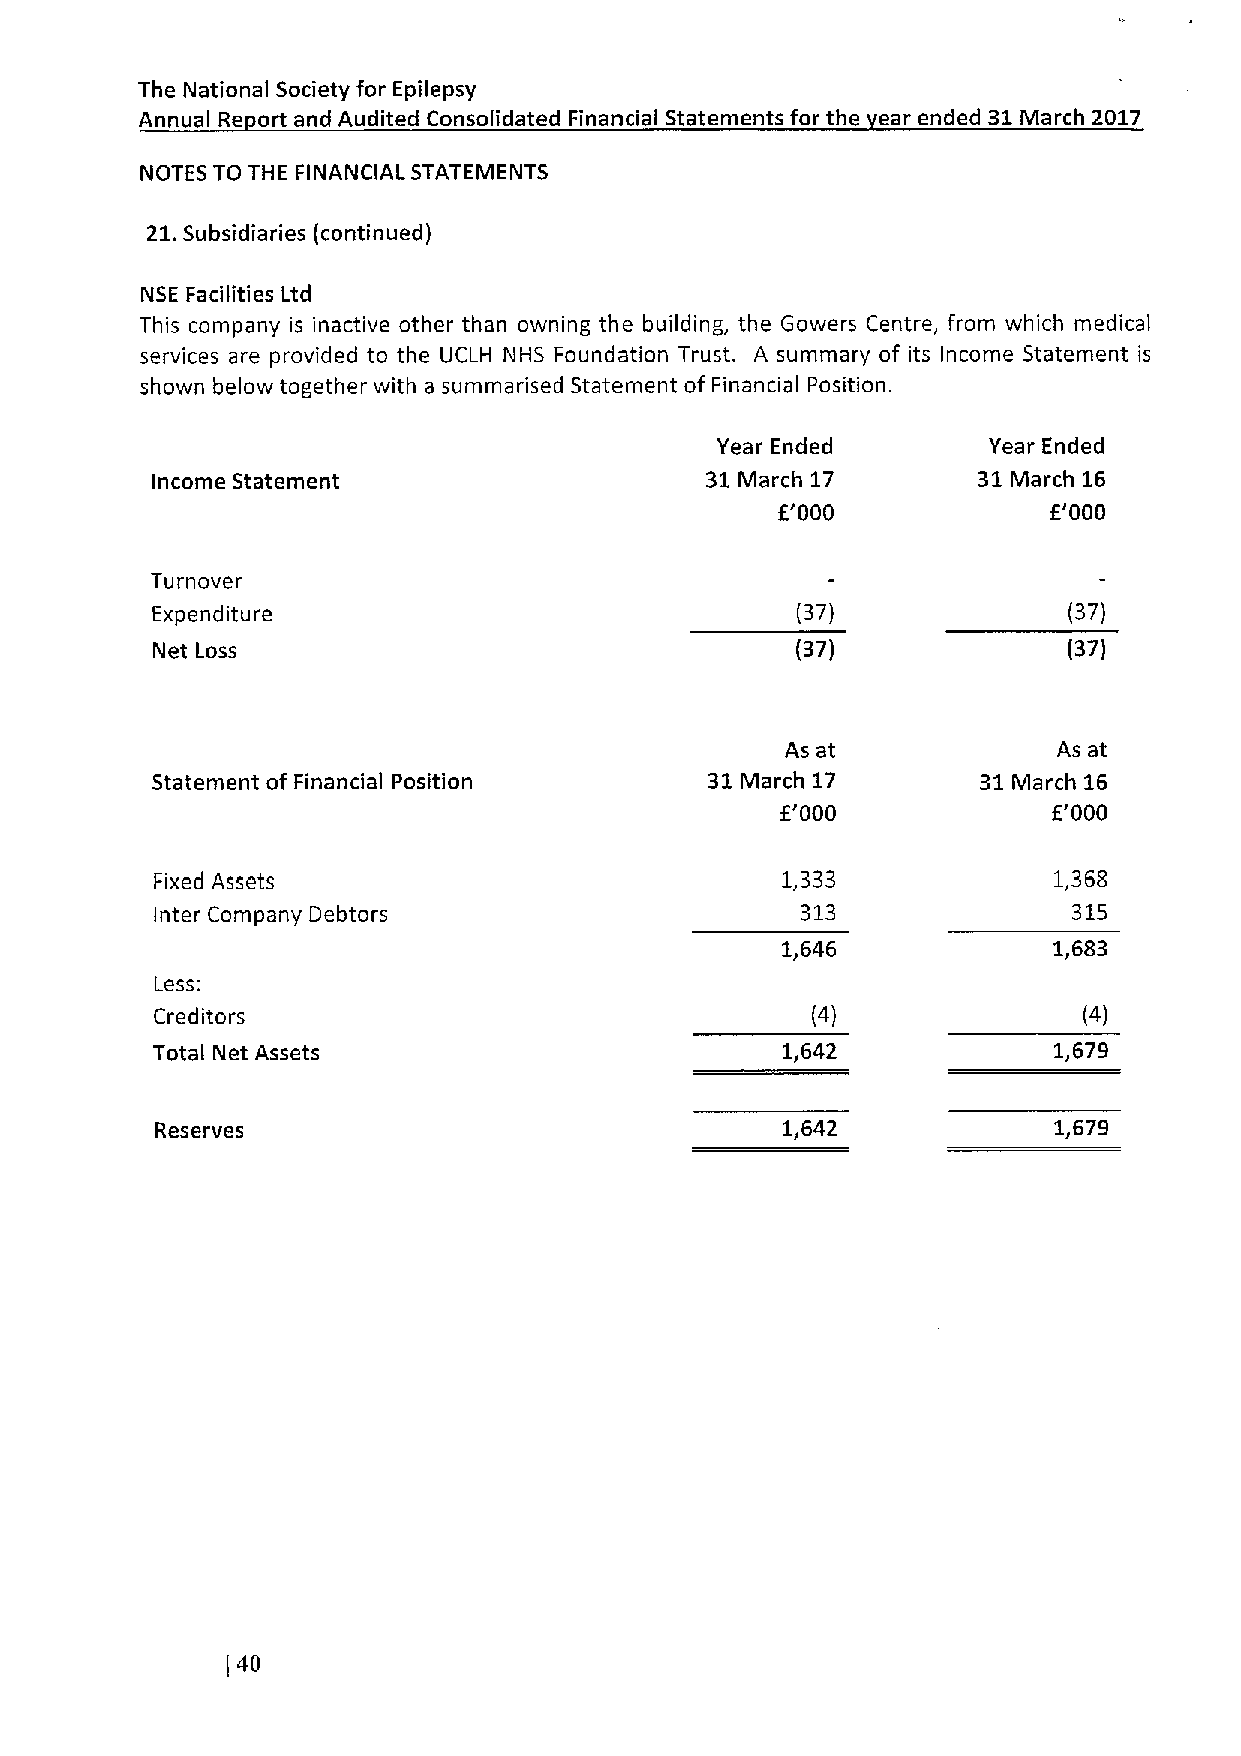
The National Society for Epilepsy
 Annual Re ort and Audited Consolidated Financial Statements for the ear ended 31March 2017
 NOTES TO THE FINANCIAL STATEMENTS
 21.Subsidiaries (continued)
 NSE Facilities Ltd
 This company is inactive other than owning the building, the Gowers Centre, from which medical
 services are provided to the UCLH NHS Foundation Trust. A summary of its Income Statement is
 shown below together with a summarised Statement of Financial Position.
 Year Ended        Year Ended
 Income Statement                     31March 17        31March 16
 E'000             E'000
 Turnover
 Expenditure                                (37)              (37)
 Net Loss                                   (37)              (37)
 As at             As at
 Statement of Financial Position      31March 17        31March 16
 E'000             E'000
 Fixed Assets                              1,333             1,368
 Inter Company Debtors                      313               315
 1,646             1,683
 Less:
 Creditors                                   (4)               (4)
 Total Net Assets                          1,642             1,679
 Reserves                                  1,642             1,679
 (40